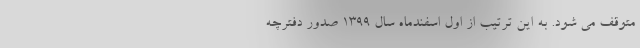
متوقف می شود. به این ترتیب از اول اسفندماه سال‌ ۱۳۹۹ صدور دفترچه